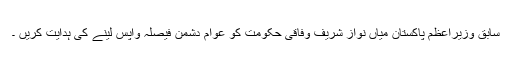
سابق وزیراعظم پاکستان میاں نواز شریف وفاقی حکومت کو عوام دشمن فیصلہ واپس لینے کی ہدایت کریں ۔